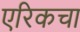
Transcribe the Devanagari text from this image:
एरिकचा